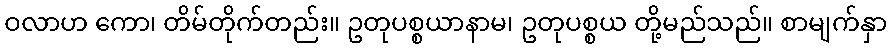
ဝလာဟ ကော၊ တိမ်တိုက်တည်း။ ဥတုပစ္စယာနာမ၊ ဥတုပစ္စယ တို့မည်သည်။ စာမျက်နှာ